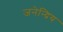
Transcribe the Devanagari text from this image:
जनेन्द्रिय